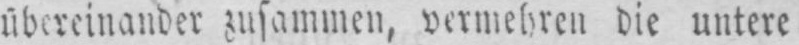
übereinander zusammen, vermehren die untere